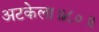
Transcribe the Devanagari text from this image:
अटकेला॥८०॥